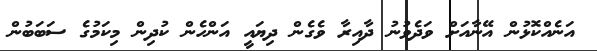
އަނެއްކޮޅުން އޭނާއަށް ވަދެވުނު ދާއިރާ ވެގެން ދިޔައީ އަންހެން ކުދިން މިކަމުގެ ސަބަބުން